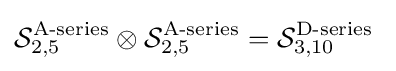
{\mathcal {S}}_{2,5}^{\text{A-series}}\otimes {\mathcal {S}}_{2,5}^{\text{A-series}}={\mathcal {S}}_{3,10}^{\text{D-series}}\